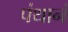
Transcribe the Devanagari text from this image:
पंथानं